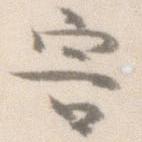
害